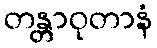
တန္တာဝုတာနံ